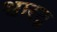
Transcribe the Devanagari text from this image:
श्वारटू